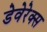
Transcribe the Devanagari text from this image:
डेवेरेक्स